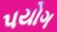
પયોગ